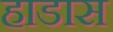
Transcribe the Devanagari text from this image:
हाडास